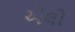
એલો